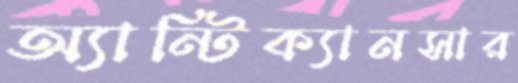
অ্যান্টিক্যানসার